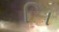
િા